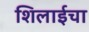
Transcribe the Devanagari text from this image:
शिलाईचा